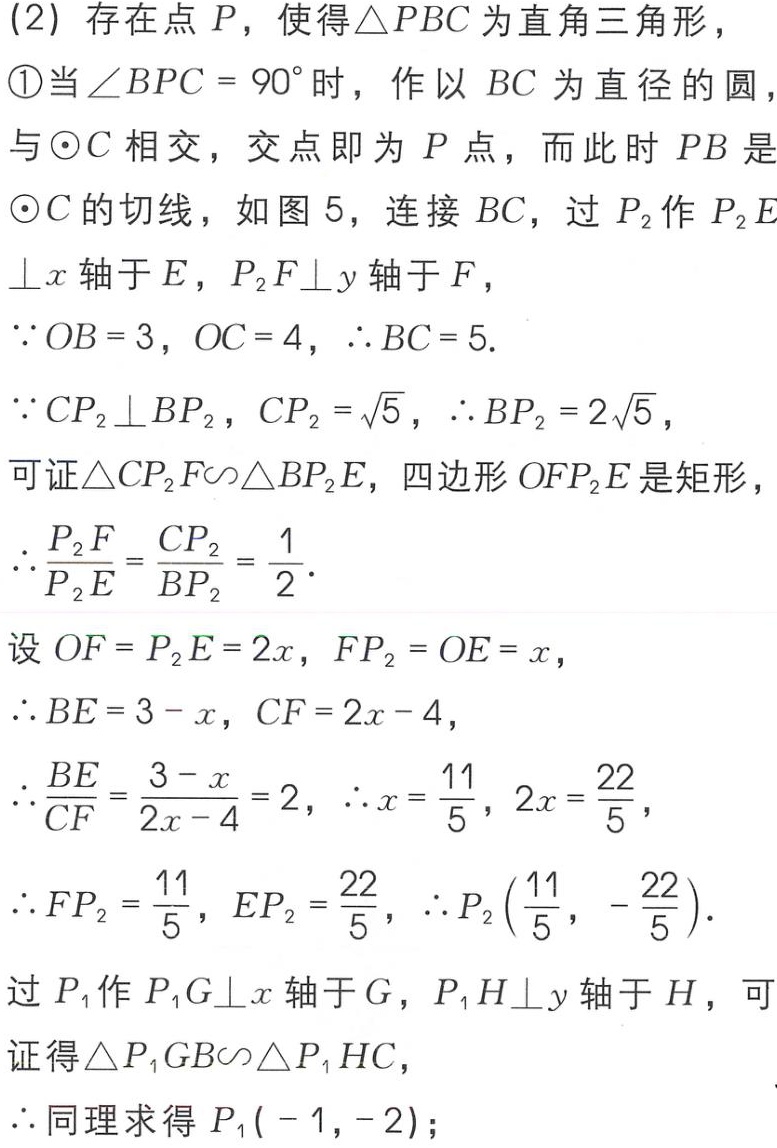
(2) 存在点 \(P\)，使得\(\triangle PBC\)为直角三角形，

\textcircled{1}当\(\angle BPC = 90^{\circ}\)时，作以 \(BC\) 为直径的圆，与\(\odot C\)相交，交点即为 \(P\) 点，而此时 \(PB\) 是\(\odot C\)的切线，如图 5，连接 \(BC\)，过 \(P_{2}\)作 \(P_{2}E\perp x\) 轴于 \(E\)，\(P_{2}F\perp y\) 轴于 \(F\)，

\(\because OB = 3\)，\(OC = 4\)，\(\therefore BC = 5\).

\(\because CP_{2}\perp BP_{2}\)，\(CP_{2}=\sqrt{5}\)，\(\therefore BP_{2}=2\sqrt{5}\)，

可证\(\triangle CP_{2}F\sim\triangle BP_{2}E\)，四边形 \(OFP_{2}E\) 是矩形，

\(\therefore\frac{P_{2}F}{P_{2}E}=\frac{CP_{2}}{BP_{2}}=\frac{1}{2}\).

设 \(OF = P_{2}E = 2x\)，\(FP_{2}=OE = x\)，

\(\therefore BE = 3 - x\)，\(CF = 2x - 4\)，

\(\therefore\frac{BE}{CF}=\frac{3 - x}{2x - 4}=2\)，\(\therefore x=\frac{11}{5}\)，\(2x=\frac{22}{5}\)，

\(\therefore FP_{2}=\frac{11}{5}\)，\(EP_{2}=\frac{22}{5}\)，\(\therefore P_{2}(\frac{11}{5},-\frac{22}{5})\).

过 \(P_{1}\)作 \(P_{1}G\perp x\) 轴于 \(G\)，\(P_{1}H\perp y\) 轴于 \(H\)，可证得\(\triangle P_{1}GB\sim\triangle P_{1}HC\)，

\(\therefore\)同理求得 \(P_{1}(-1,-2)\)；